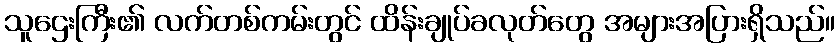
သူဌေးကြီး၏ လက်တစ်ကမ်းတွင် ထိန်းချုပ်ခလုတ်တွေ အများအပြားရှိသည်။